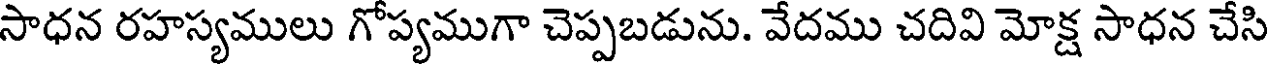
సాధన రహస్యములు గోప్యముగా చెప్పబడును. వేదము చదివి మోక్ష సాధన చేసి